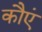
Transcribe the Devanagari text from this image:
कौएं